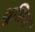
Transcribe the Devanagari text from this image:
थूसिस